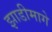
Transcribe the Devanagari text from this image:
झाडीमागे